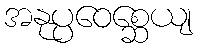
အနုပ္ပဝေစ္ဆေယျ